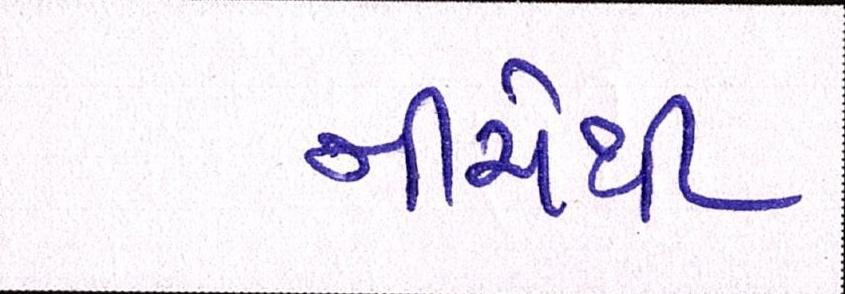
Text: નીચેથી